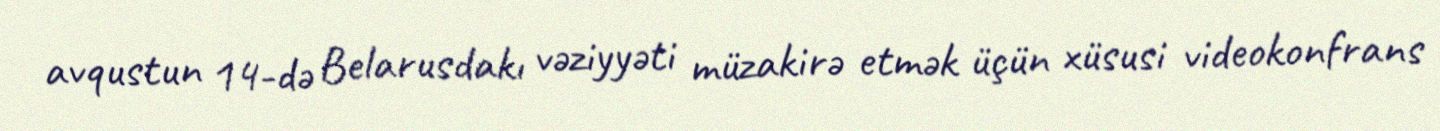
avqustun 14-də Belarusdakı vəziyyəti müzakirə etmək üçün xüsusi videokonfrans